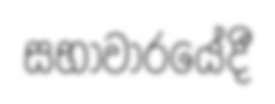
සභාවාරයේදී